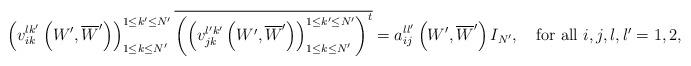
LaTeX: \begin{align*} \left(v^{lk'}_{ i k}\left(W',\overline{W}'\right)\right)_{1 \leq k \leq N'}^{1 \leq k'\leq N'}\overline{ \left(\left(v^{l'k'}_{jk }\left(W',\overline{W}'\right)\right)_{1 \leq k \leq N'}^{1 \leq k'\leq N'}\right)^{t}} =a_{ij}^{ll'}\left(W',\overline{W}'\right)I_{N'},\quad\mbox{for all $i,j,l,l'=1,2$,} \end{align*}